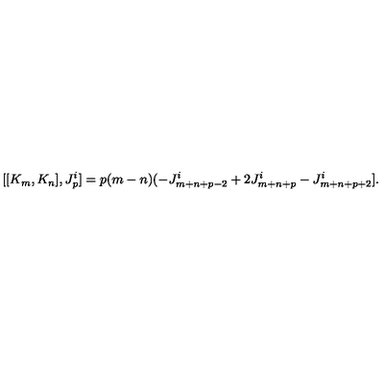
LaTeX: [ [ K _ { m } , K _ { n } ] , J _ { p } ^ { i } ] = p ( m - n ) ( - J _ { m + n + p - 2 } ^ { i } + 2 J _ { m + n + p } ^ { i } - J _ { m + n + p + 2 } ^ { i } ] .